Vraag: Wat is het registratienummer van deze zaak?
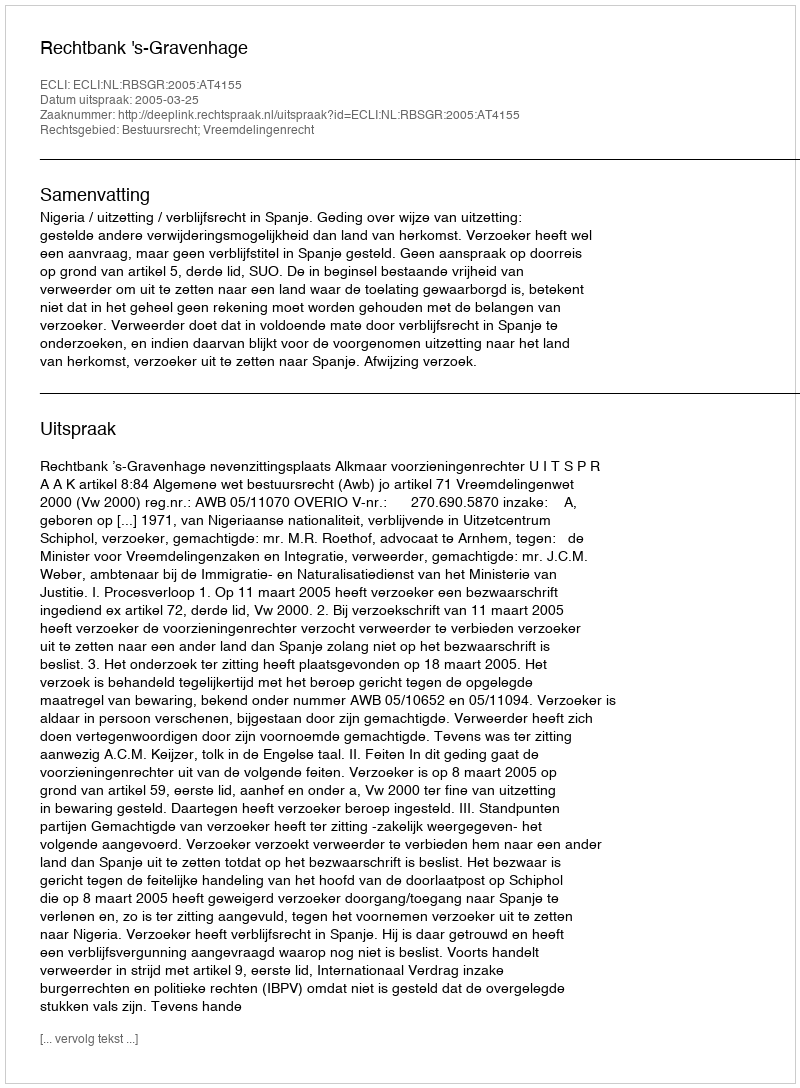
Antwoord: http://deeplink.rechtspraak.nl/uitspraak?id=ECLI:NL:RBSGR:2005:AT4155